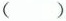
()